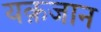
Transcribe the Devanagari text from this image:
यक़जान